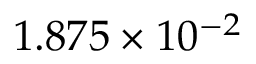
1 . 8 7 5 \times 1 0 ^ { - 2 }